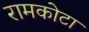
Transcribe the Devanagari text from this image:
रामकोटा